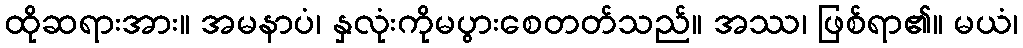
ထိုဆရားအား။ အမနာပံ၊ နှလုံးကိုမပွားစေတတ်သည်။ အဿ၊ ဖြစ်ရာ၏။ မယံ၊